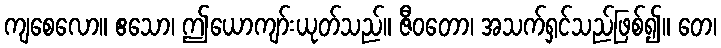
ကျစေလော။ ဧသော၊ ဤယောကျာ်းယုတ်သည်။ ဇီဝတော၊ အသက်ရှင်သည်ဖြစ်၍။ တေ၊